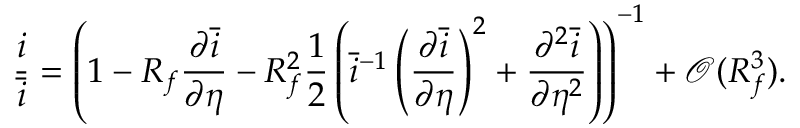
\frac { i } { \bar { i } } = \left( 1 - R _ { f } \frac { \partial \bar { i } } { \partial \eta } - R _ { f } ^ { 2 } \frac { 1 } { 2 } \left( \bar { i } ^ { - 1 } \left( \frac { \partial \bar { i } } { \partial \eta } \right) ^ { 2 } + \frac { \partial ^ { 2 } \bar { i } } { \partial \eta ^ { 2 } } \right) \right) ^ { - 1 } + \mathcal { O } ( R _ { f } ^ { 3 } ) .